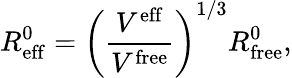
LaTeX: R_{\mathrm{eff}}^{0}=\left(\frac{V^{\mathrm{eff}}}{V^{\mathrm{free}}}\right)^{1/3}R_{\mathrm{free}}^{0},